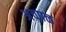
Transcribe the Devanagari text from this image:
अचपळ